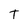
Character: t